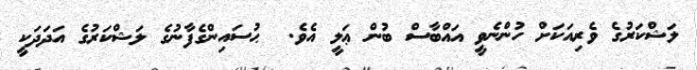
ލަޝްކަރުގެ ވެރިއަކަށް ހުންނެވީ އައްބާސް ބުން ޢަލީ އެވެ.  ޙުސައިންގެފާނުގެ ލަޝްކަރުގެ އަދަދަކީ